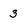
Character: 3